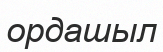
ордашыл